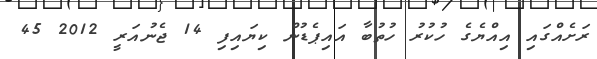
ރަށެއްގައި އިއްޔެގެ ހުކުރު ހުތުބާ އައިޕެޑުން ކިޔައިފި 14 ޖެނުއަރީ 2012 45